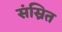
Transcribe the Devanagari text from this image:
संस्रित